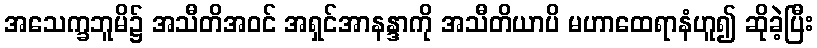
အသေက္ခဘူမိ၌ အသီတိအဝင် အရှင်အာနန္ဒာကို အသီတိယာပိ မဟာထေရာနံဟူ၍ ဆိုခဲ့ပြီး